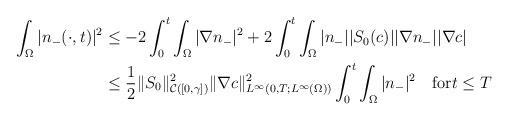
LaTeX: \begin{align*}\begin{aligned}\int_{\Omega}|n_{-}(\cdot,t)|^{2} &\le -2\int_{0}^{t}\int_{\Omega}|\nabla n_{-}|^{2}+2 \int_{0}^{t}\int_{\Omega}|n_{-}||S_{0}(c)||\nabla n_{-}||\nabla c|\\&\le\frac{1}{2}\|S_{0}\|_{\mathcal{C}([0,\gamma])}^{2}\|\nabla c\|_{L^{\infty}(0,T;L^{\infty}(\Omega))}^{2}\int_{0}^{t}\int_{\Omega}|n_{-}|^{2} \quad\mbox{for}t\le T \end{aligned}\end{align*}